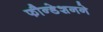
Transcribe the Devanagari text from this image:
फौन्डेशनने